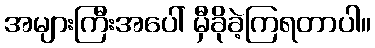
အများကြီးအပေါ် မှီခိုခဲ့ကြရတာပါ။